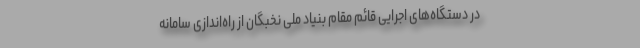
در دستگاه‌های اجرایی قائم مقام بنیاد ملی نخبگان از راه‌اندازی سامانه